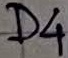
Text: D4